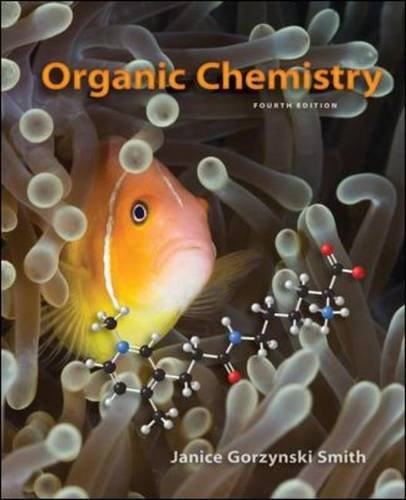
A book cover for Study Guide/Solutions Manual for Organic Chemistry; Janice Smith; Science & Math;